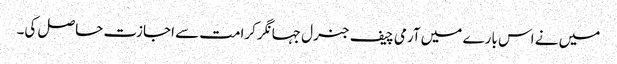
میں نے اس بارے میں آرمی چیف جنرل جہانگر کرامت سے اجازت حاصل کی۔